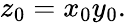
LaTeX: z_{0}=x_{0}y_{0}.